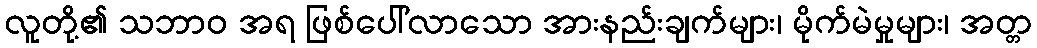
လူတို့၏ သဘာဝ အရ ဖြစ်ပေါ်လာသော အားနည်းချက်များ၊ မိုက်မဲမှုများ၊ အတ္တ